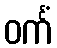
ဝင်္ကံ